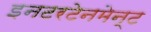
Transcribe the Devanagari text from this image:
इनटरटेनमेन्ट